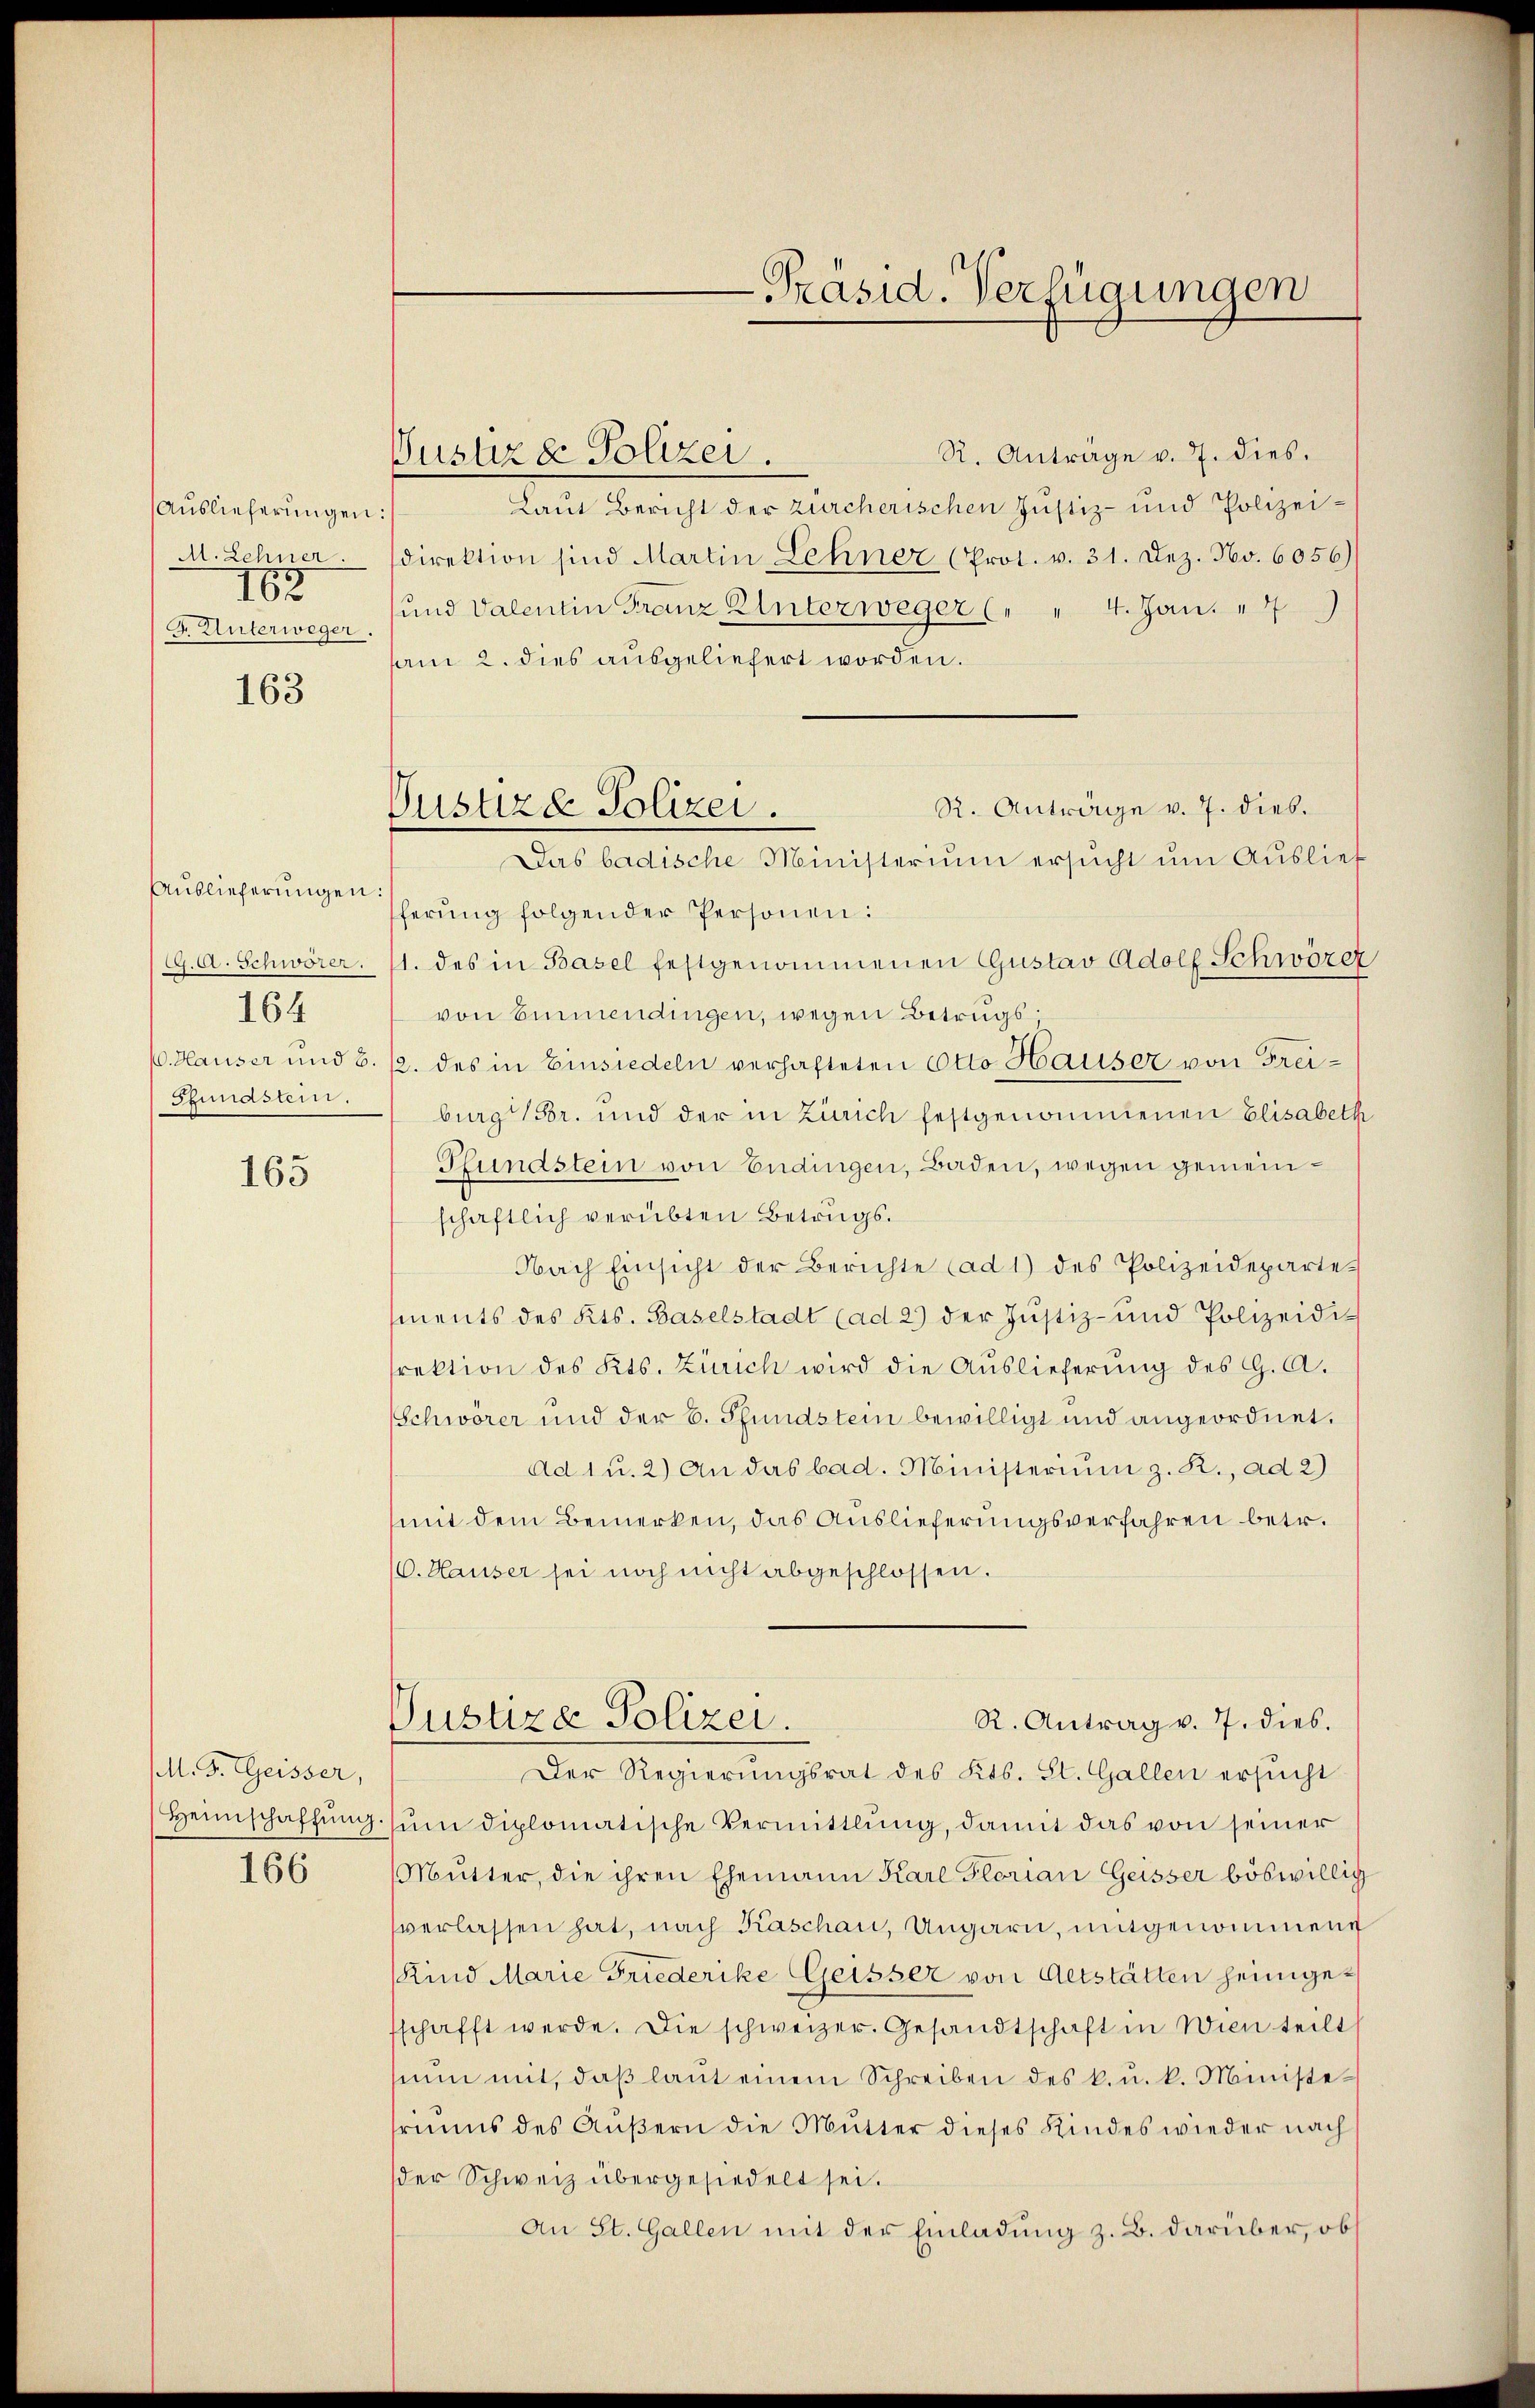
Auslieferungen:
M. Lehner
162
F. Unterweger.

163

Auslieferungen:
C. A. Schwörer.
164
Sundstein.

165

M. G. Geisser,
166

R. Anträge v. 7. dies.
Laut Bericht der zürcherischen Justiz- und Polizeidirektion sind Martin Lehner (Prot. v. 31. Dez. No. 6056)
und Valentin Franz Unterweger (" " 4. Jan. " 7
am 2. dies ausgeliefert worden.
R. Anträge v. 7. dies.
Das badische Ministerium ersucht um Auslief
ferung folgender Personen:
1. des in Basel festgenommenen Gustav Adolf Schwözez
von Emmendingen, wegen Betrugs¬
V. Hauser und 8. 12. des in Einsiedeln verhafteten Otto Hauser von Freiburg Fr. und der in Zürich festgenommenen Elisabeth
Pfundstein von Endingen, Baden, wegen gemeinschaftlich verübten Betrugs.
Nach Einsicht der Berichte (ad 1) des Polizeidepartements des Kts. Baselstadt (ad 2) der Justiz- und Polizeidisrektion des Kts. Zürich wird die Aŭslieferŭng des G. A.
Schwörer und der B. Pfundstein bewilligt und angeordnet.
Ad 1 u. 2) An das bad. Ministerium z. R., ad 2)
mit dem Bemerken, das Auslieferungsverfahren betr.
10. Hauser sei noch nicht abgeschlossen.
R. Antrag v. 7. dies.
Pustiza Polizei.
Der Regierŭngsrat des Kts. St. Gallen ersŭcht
Heimschaffŭng ŭm diplomatische Vermittlung, damit das von seiner
Mutter, die ihren Ehemann Karl Florian Geisser böswillig
verlassen hat, nach Kaschau, Ungarn, mitgenommene
Kind Marie Friederike Geisser von Altstätten heimgesschafft werde. Die schweizer. Gesandtschaft in Wien teilt
sinn mit, daβ laŭt einem Schreiben des k. u. k. Ministefriums des Äußern die Mutter dieses Kindes wieder nach
der Schweiz übergesiedelt sei.
An St. Gallen mit der Einladung z. B. darüber, obs

Justiz & Polizei.

Pustizd Polizei.

-Präsid. Verfügungen